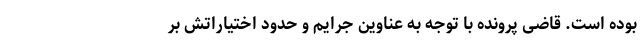
بوده است. قاضی پرونده با توجه به عناوین جرایم و حدود اختیاراتش بر